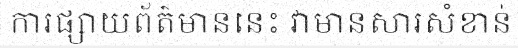
ការផ្សាយព័ត៌មាននេះ វាមានសារសំខាន់